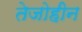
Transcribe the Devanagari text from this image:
तेजोहीन